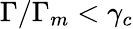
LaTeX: \Gamma/\Gamma_{m}<\gamma_{c}